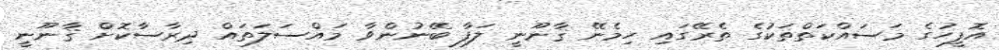
އޮފީހުގެ މަސައްކަތްތަކުގެ ތެރޭގައި ހިމެނޭ ޤާނޫނީ ލަފާ ބޭނުންވާ މައްސަލަތައް ދިރާސާކޮށް ޤާނޫނީ